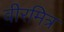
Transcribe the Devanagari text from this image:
वीरमित्र